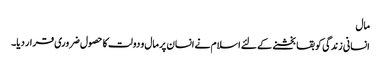
مال
انسانی زندگی کو بقا بخشنے کے لئے اسلام نے انسان پر مال و دولت کا حصول ضروری قرار دیا۔